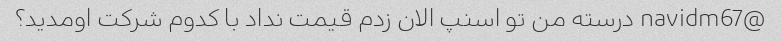
@navidm67 درسته من تو اسنپ الان زدم قیمت نداد با کدوم شرکت اومدید؟